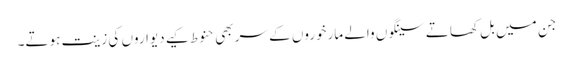
جن میں بل کھاتے سینگوں والے مارخوروں کے سر بھی حنوط کیے دیواروں کی زینت ہوتے۔